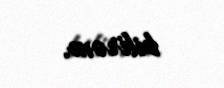
bilirəm.